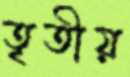
তৃতীয়